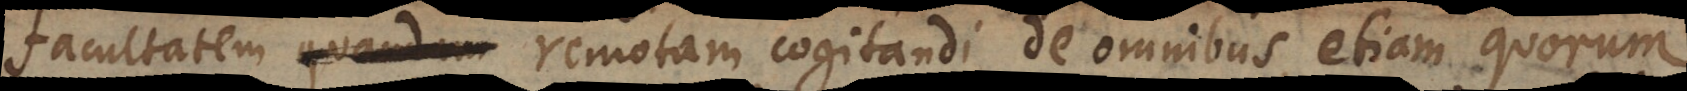
facultatem quandam remotam cogitandi de omnibus, etiam quorum